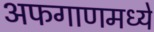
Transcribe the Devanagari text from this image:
अफगाणमध्ये